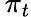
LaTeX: \, \pi_{t}